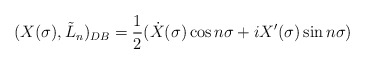
\begin{align*} (X(\sigma),\tilde{L}_n)_{DB}=\frac{1}{2}(\dot{X}(\sigma)\cos n\sigma +iX'(\sigma)\sin n\sigma)\end{align*}